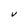
Character: V